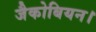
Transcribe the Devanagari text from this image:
जैकोबियन।